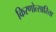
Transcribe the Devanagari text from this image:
किरणोत्सारिता